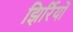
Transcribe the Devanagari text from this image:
झिर्रियों